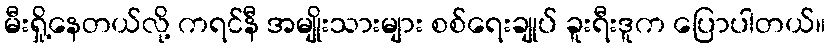
မီးရှို့နေတယ်လို့ ကရင်နီ အမျိုးသားများ စစ်ရေးချုပ် ခူးရီးဒူက ပြောပါတယ်။